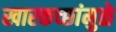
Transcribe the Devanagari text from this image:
खारकच्छांमुळे